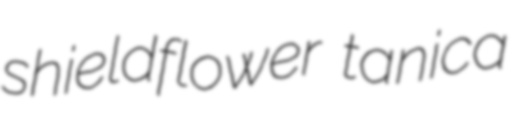
shieldflower tanica